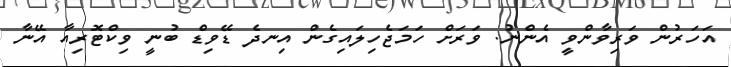
އަހަރުން ވަރިވާންވީ އެންނު. ވަރަށް ހަމަޖެހިލައިގެން އިނދެ ޑޭވިޑް ބުނީ ވިކްޓޮރިއާ އޭނާ